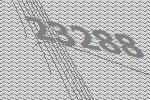
23288